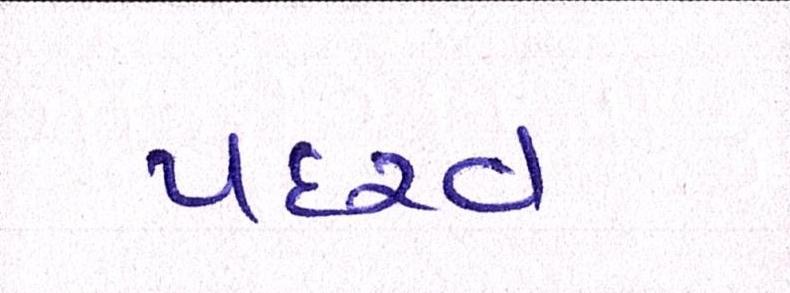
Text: પદરવ